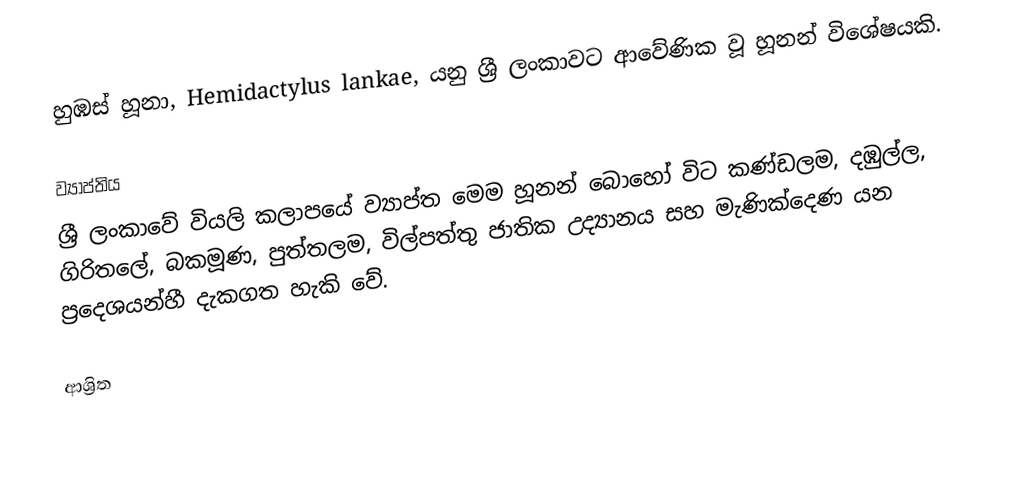
හුඹස් හූනා, Hemidactylus lankae, යනු  ශ්‍රී ලංකාවට ආවේණික වූ හූනන් විශේෂයකි.

ව්‍යාප්තිය
ශ්‍රී ලංකාවේ වියලි කලාපයේ ව්‍යාප්ත මෙම හූනන් බොහෝ විට කණ්ඩලම, දඹුල්ල, ගිරිතලේ, බකමූණ, පුත්තලම, විල්පත්තු ජාතික උද්‍යානය සහ මැණික්දෙණ යන ප්‍රදෙශයන්හී දැකගත හැකි වේ.

ආශ්‍රිත